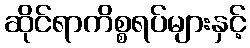
ဆိုင်ရာကိစ္စရပ်များနှင့်